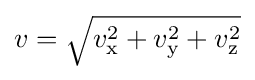
{\textstyle v={\sqrt {v_{\text{x}}^{2}+v_{\text{y}}^{2}+v_{\text{z}}^{2}}}}